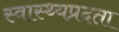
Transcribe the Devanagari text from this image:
स्वास्थ्यप्रदता